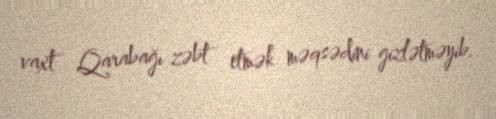
vaxt Qarabağı zəbt etmək məqsədini gizlətməyib.